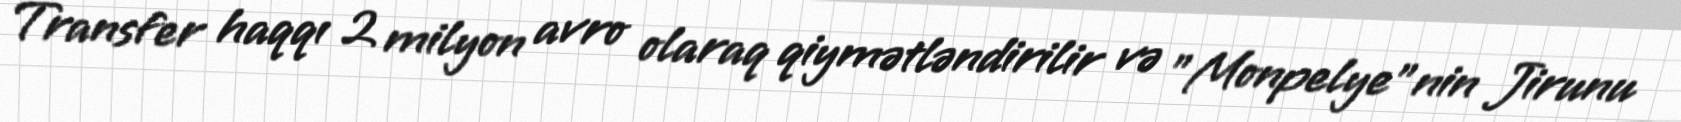
Transfer haqqı 2 milyon avro olaraq qiymətləndirilir və "Monpelye"nin Jirunu